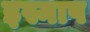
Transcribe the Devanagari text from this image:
इस्नाप